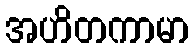
အဟိတကာမာ